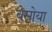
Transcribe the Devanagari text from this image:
बेसोया